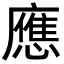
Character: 應